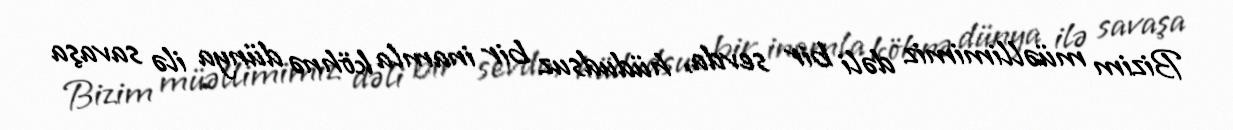
Bizim müəllimimiz dəli bir sevda, hüdudsuz bir inamla köhnə dünya ilə savaşa